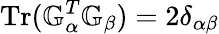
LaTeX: \mathrm{Tr}({\mathbb G}_{\alpha}^{T}{\mathbb G}_{\beta})=2\delta_{\alpha\beta}